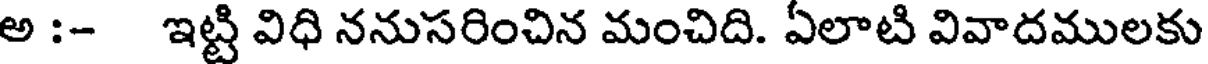
అ :- ఇట్టి విధి ననుసరించిన మంచిది. ఏలాటి వివాదములకు